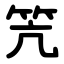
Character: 笐